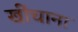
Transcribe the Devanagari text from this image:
खींचाना